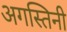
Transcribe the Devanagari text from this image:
अगस्तिनी